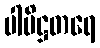
ပါပိဋ္ဌတရေ